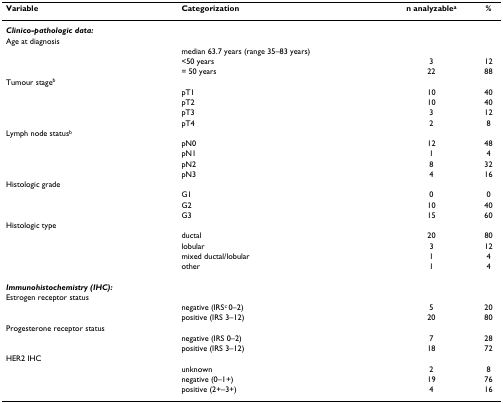
<table><thead><tr><td><b>Variable</b></td><td><b>Categorization</b></td><td><b>n analyzable<sup>a</sup></b></td><td><b>%</b></td></tr></thead><tbody><tr><td><b><i>Clinico-pathologic data:</i></b></td><td></td><td></td><td></td></tr><tr><td>Age at diagnosis</td><td></td><td></td><td></td></tr><tr><td></td><td>median 63.7 years (range 35–83 years)</td><td></td><td></td></tr><tr><td></td><td>&lt;50 years</td><td>3</td><td>12</td></tr><tr><td></td><td>= 50 years</td><td>22</td><td>88</td></tr><tr><td>Tumour stage<sup>b</sup></td><td></td><td></td><td></td></tr><tr><td></td><td>pT1</td><td>10</td><td>40</td></tr><tr><td></td><td>pT2</td><td>10</td><td>40</td></tr><tr><td></td><td>pT3</td><td>3</td><td>12</td></tr><tr><td></td><td>pT4</td><td>2</td><td>8</td></tr><tr><td>Lymph node status<sup>b</sup></td><td></td><td></td><td></td></tr><tr><td></td><td>pN0</td><td>12</td><td>48</td></tr><tr><td></td><td>pN1</td><td>1</td><td>4</td></tr><tr><td></td><td>pN2</td><td>8</td><td>32</td></tr><tr><td></td><td>pN3</td><td>4</td><td>16</td></tr><tr><td>Histologic grade</td><td></td><td></td><td></td></tr><tr><td></td><td>G1</td><td>0</td><td>0</td></tr><tr><td></td><td>G2</td><td>10</td><td>40</td></tr><tr><td></td><td>G3</td><td>15</td><td>60</td></tr><tr><td>Histologic type</td><td></td><td></td><td></td></tr><tr><td></td><td>ductal</td><td>20</td><td>80</td></tr><tr><td></td><td>lobular</td><td>3</td><td>12</td></tr><tr><td></td><td>mixed ductal/lobular</td><td>1</td><td>4</td></tr><tr><td></td><td>other</td><td>1</td><td>4</td></tr><tr><td><b><i>Immunohistochemistry (IHC):</i></b></td><td></td><td></td><td></td></tr><tr><td>Estrogen receptor status</td><td></td><td></td><td></td></tr><tr><td></td><td>negative (IRS<sup>c </sup>0–2)</td><td>5</td><td>20</td></tr><tr><td></td><td>positive (IRS 3–12)</td><td>20</td><td>80</td></tr><tr><td>Progesterone receptor status</td><td></td><td></td><td></td></tr><tr><td></td><td>negative (IRS 0–2)</td><td>7</td><td>28</td></tr><tr><td></td><td>positive (IRS 3–12)</td><td>18</td><td>72</td></tr><tr><td>HER2 IHC</td><td></td><td></td><td></td></tr><tr><td></td><td>unknown</td><td>2</td><td>8</td></tr><tr><td></td><td>negative (0–1+)</td><td>19</td><td>76</td></tr><tr><td></td><td>positive (2+–3+)</td><td>4</td><td>16</td></tr></tbody></table>